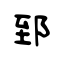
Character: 郅